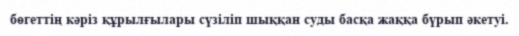
бөгеттің кәріз құрылғылары сүзіліп шыққан суды басқа жаққа бүрып әкетуі.